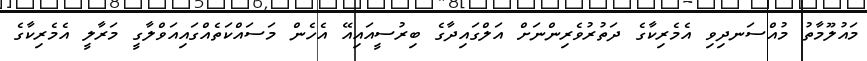
މައުލޫމާތު މުއްސަނދިވި އެމެރިކާގެ ދަތުރުވެރިންނަށް އަލްގައިދާގެ ބިރުސީއައިއޭ އެހެން މަސައްކަތެއްގައިއަވްލާގީ މަރާލީ އެމެރިކާގެ